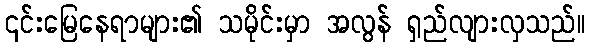
၎င်းမြေနေရာများ၏ သမိုင်းမှာ အလွန် ရှည်လျားလှသည်။